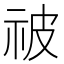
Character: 𬒳